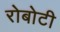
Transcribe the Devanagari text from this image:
रोबोटी